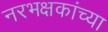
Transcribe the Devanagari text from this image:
नरभक्षकांच्या